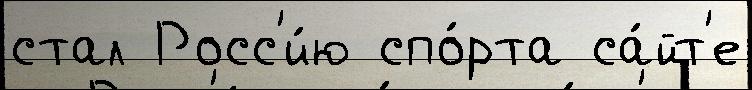
стал Росс'и́ю спо́рта са́йт'е